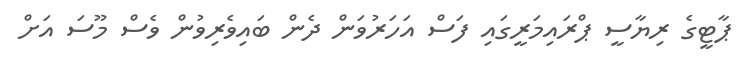
ޕާޓީގެ ރިޔާސީ ޕްރައިމަރީގައި ފަސް އަހަރުވަން ދެން ބައިވެރިވުން ވެސް މޫސަ އަށް